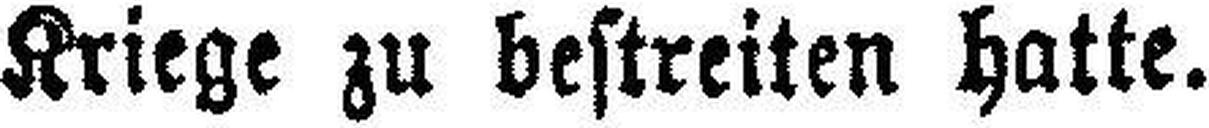
Kriege zu bestreiten hatte.